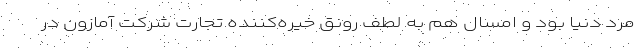
مرد دنیا بود و امسال هم به لطف رونق خیره‌کننده تجارت شرکت آمازون در